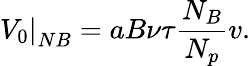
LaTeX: \left.V_{0}\right|_{NB}=aB\nu\tau\frac{N_{B}}{N_{p}}v.